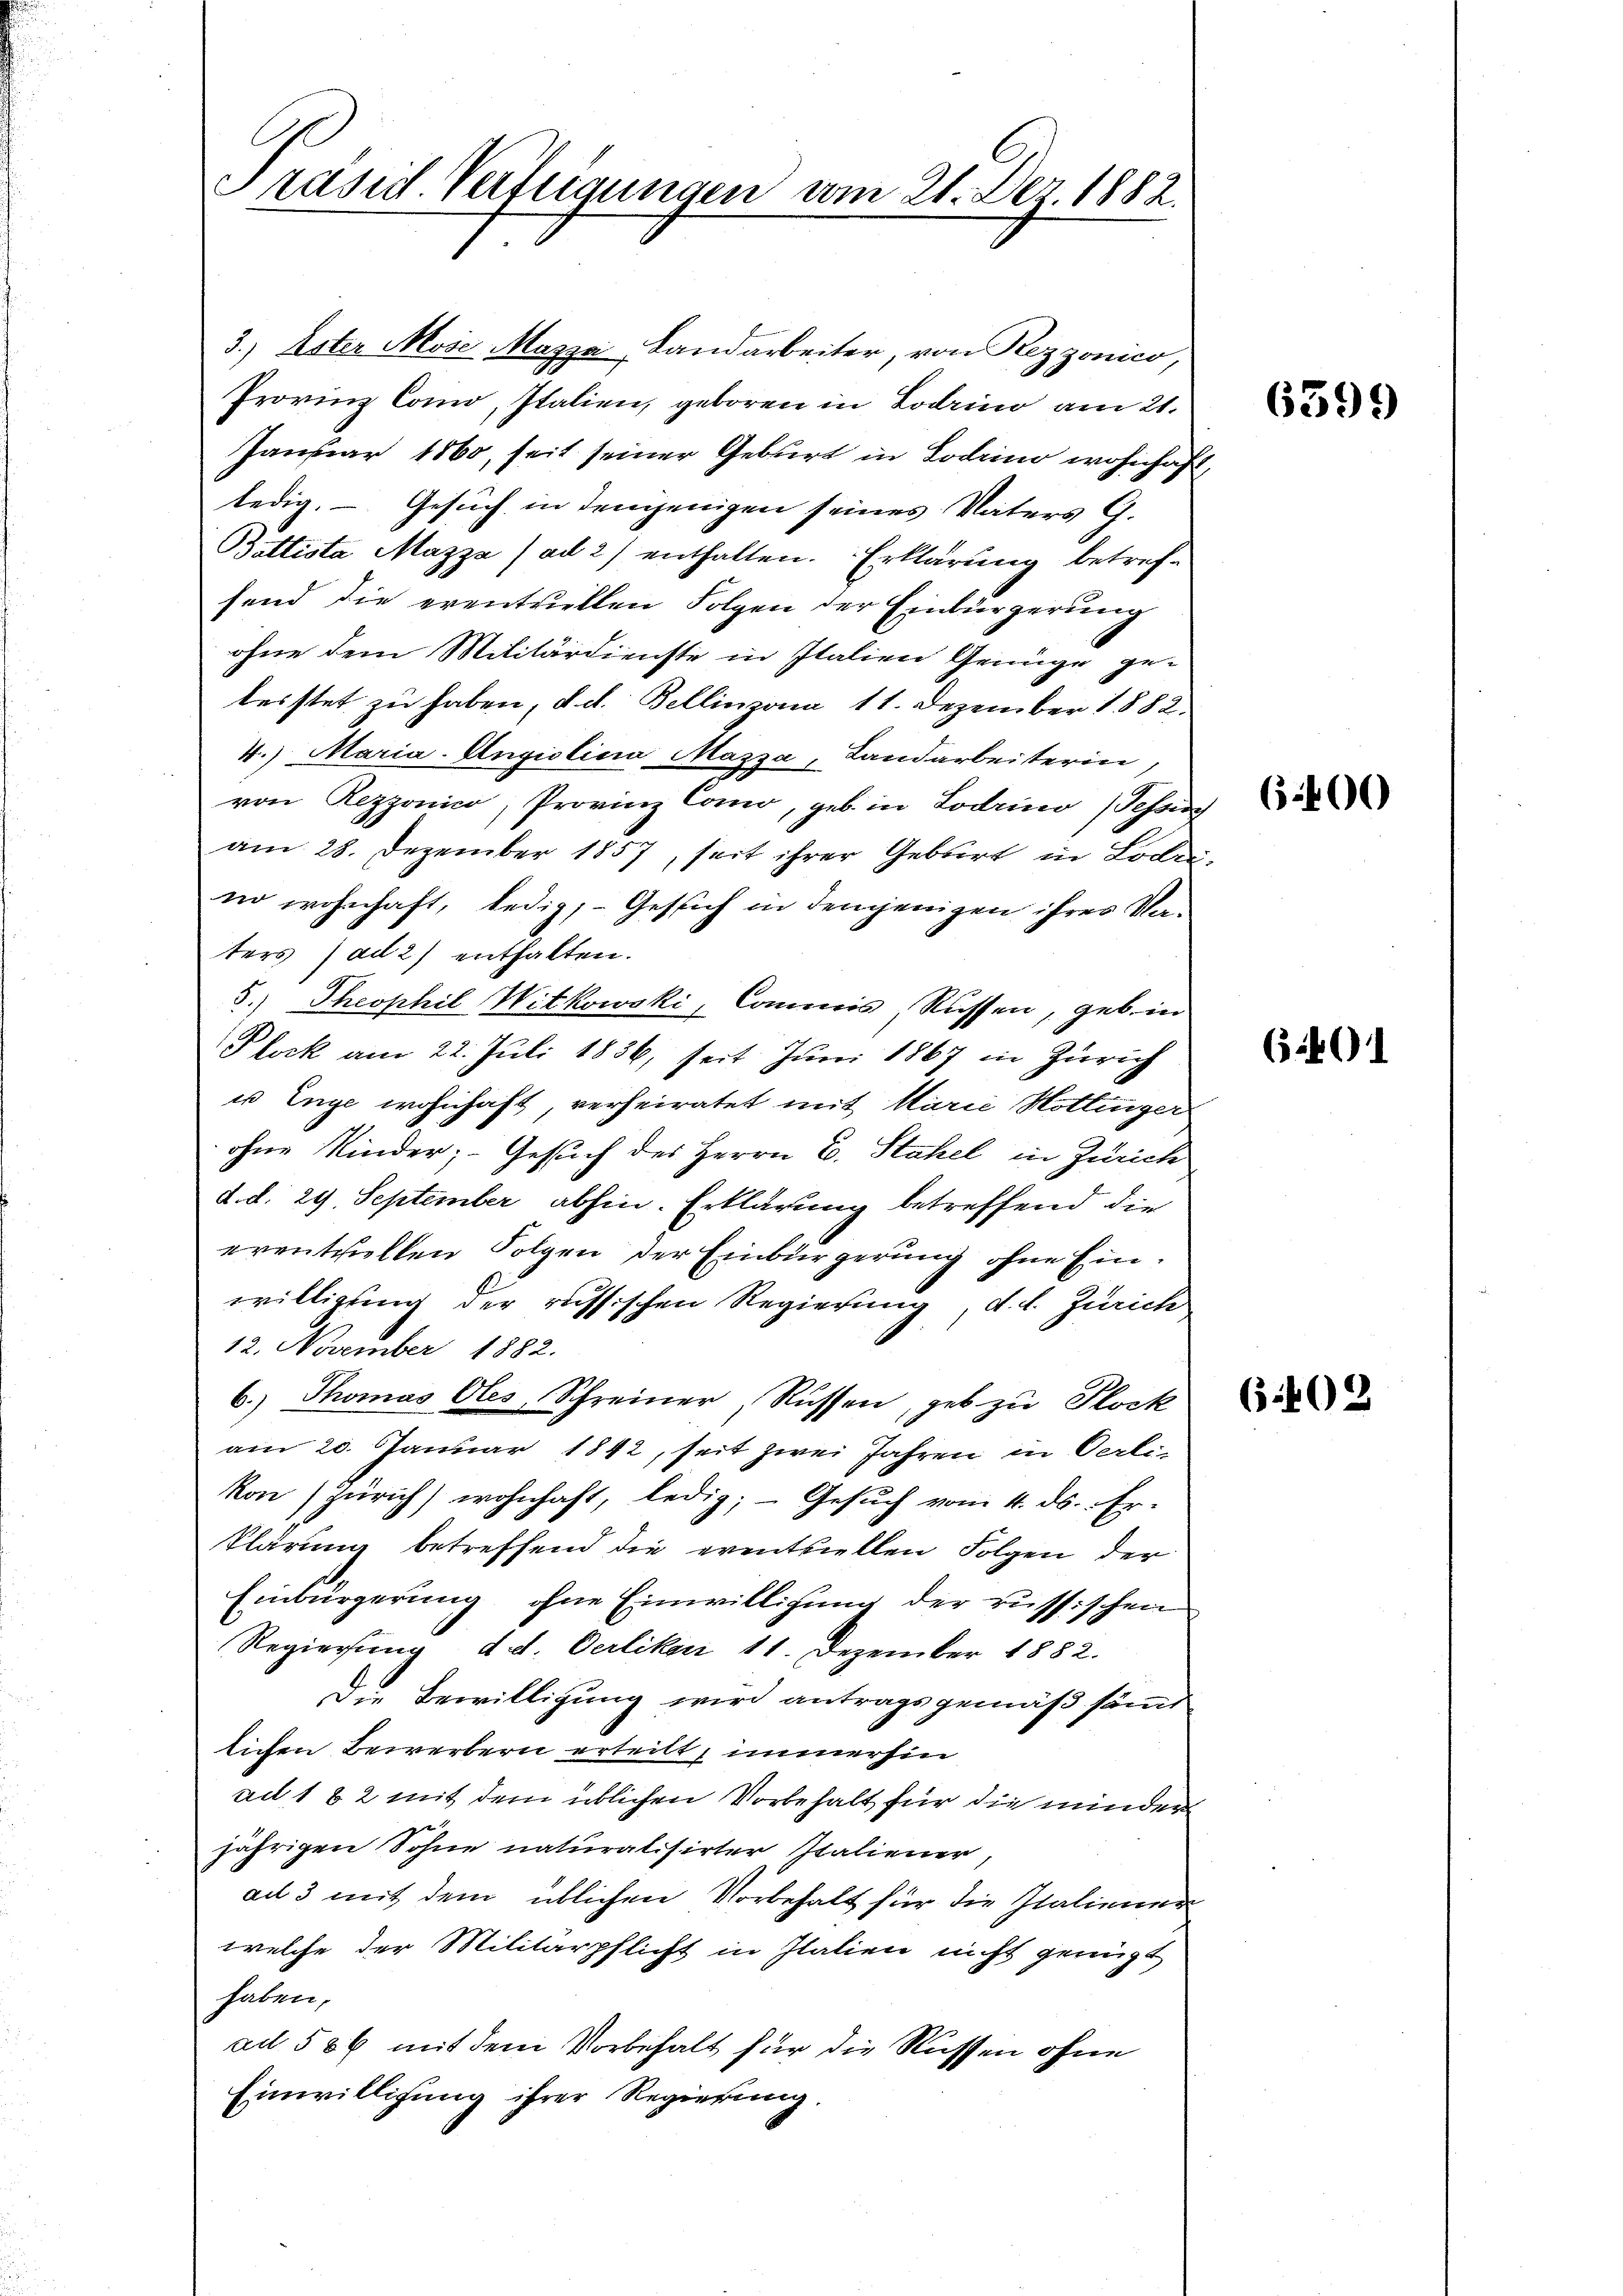
Prasid Verfeigungen vom 21. Dez. 1882.

3.) Ester Mose Mazza, Landarbeiter, von Rezzonico,
Provinz Como, Italien, geboren in Lodrino am 21.
Januar 1860, seit seiner Geburt in Lodrino wohnhaft,
ledig. — Gesuch in demjenigen seines Vaters G.
Battista Mazza ad 2) enthalten. Erklärung betrefsend die eventriellen Folgen der Einbürgerung
ohne dem Militärdienste in Italien Genüge ge-
leistet zu haben, d. d. Bellinzona 11. Dezember 1882.
4.) Maria-Angiolina Mazza, Landarbeiterin,
von Rezzonico, Provinz Como, geb. in Lodrino (Tessin
am 28. Dezember 1857, seit ihrer Gebirt in Loden,
no wohnhaft, ledig,- Gesuch in demjenigen ihres Vaters ad 2) enthalten.
5.) Theophil Witkowski, Commis, Rassen, geb. in
Plock am 22. Juli 1836, seit Juni 1867 in Zürich
us Enge wohnhaft, verheiratet mit Marie Hottinger
ohne Kinder; Gesuch des Herrn C. Stahel in Zürich
d. d. 29. September abhin. Erklärung betreffend die
erentziellen Folgen der Einbürgerung ohne Einwilligung der russischen Regierung, d. d. Zürich
12. November 1882.
6. Thomas Ales, Schreiner, Rüssen, geb zu Plock
am 20. Januar 1842, seit zwei Jahren in Oerli-
kon) Zürich) wohnhaft, ledig; - Gesŭch vom 4. ds. Er-
klärung betreffend die eventuellen Folgen der
Einbürgerung, ohne Einwilligung der russischen
Regierung d. d. Oerlikon 11. Dezember 1882.
Die Bewilligung wird antragsgemäß sämt
lichen Bewerbern erteilt, immerhin
ad 1 & 2 mit dem üblichen Vorbehalt für die minder
1
jährigen Sohne naturalisirter Italiener,
ad 3 mit dem üblichen Vorbehalt für die Italienen
welche der Militärpflicht in Italien nicht genügt
haben,
ad 506 mit dem Vorbehalt für die Rüssen ohne
Einwilligung ihrer Regierung

6399)

6400

6.401

6402